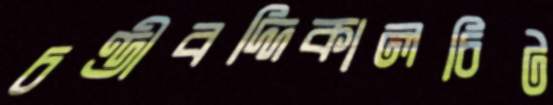
চণ্ডীবদ্দিকালচিট